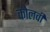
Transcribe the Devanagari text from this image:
कोलवी